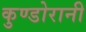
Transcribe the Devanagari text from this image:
कुण्‍डोरानी